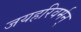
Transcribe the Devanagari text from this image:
जयहरिवर्मन्